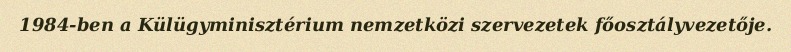
1984-ben a Külügyminisztérium nemzetközi szervezetek főosztályvezetője.